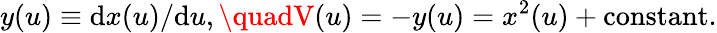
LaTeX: y(u)\equiv\mathrm{d}x(u)/{\mathrm{d}u},\quadV(u)=-y(u)=x^{2}(u)+\mathrm{{constant}}.